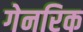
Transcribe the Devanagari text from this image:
गेनरिक